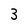
Character: 3